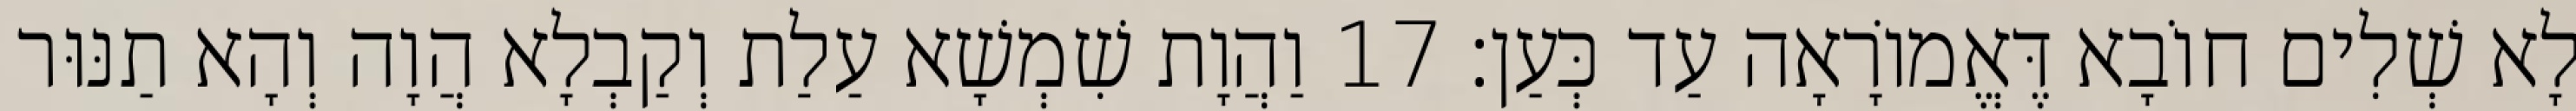
לָא שְׁלִים חוֹבָא דֶּאֱמוֹרָאָה עַד כְּעַן׃ 17 וַהֲוָת שִׁמְשָׁא עַלַת וְקַבְלָא הֲוָה וְהָא תַנּוּר